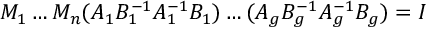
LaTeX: M _ { 1 } \ldots M _ { n } ( A _ { 1 } B _ { 1 } ^ { - 1 } A _ { 1 } ^ { - 1 } B _ { 1 } ) \ldots ( A _ { g } B _ { g } ^ { - 1 } A _ { g } ^ { - 1 } B _ { g } ) = I